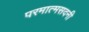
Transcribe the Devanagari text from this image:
परमात्मसदनी